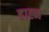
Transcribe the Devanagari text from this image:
हाह्न